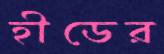
হীডের